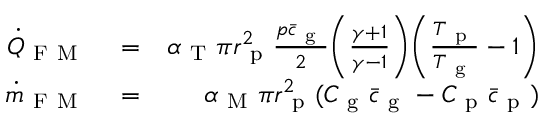
\begin{array} { r l r } { \dot { Q } _ { \mathrm { ~ F ~ M ~ } } } & { { } = } & { \alpha _ { \mathrm { ~ T ~ } } \pi r _ { \mathrm { ~ p ~ } } ^ { 2 } \frac { p \bar { c } _ { \mathrm { ~ g ~ } } } { 2 } \bigg ( \frac { \gamma + 1 } { \gamma - 1 } \bigg ) \bigg ( \frac { T _ { \mathrm { ~ p ~ } } } { T _ { \mathrm { ~ g ~ } } } - 1 \bigg ) } \\ { \dot { m } _ { \mathrm { ~ F ~ M ~ } } } & { { } = } & { \alpha _ { \mathrm { ~ M ~ } } \pi r _ { \mathrm { ~ p ~ } } ^ { 2 } ( C _ { \mathrm { ~ g ~ } } \bar { c } _ { \mathrm { ~ g ~ } } - C _ { \mathrm { ~ p ~ } } \bar { c } _ { \mathrm { ~ p ~ } } ) } \end{array}